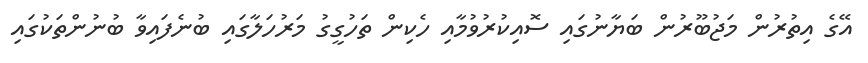
އޭގެ އިތުރުން މަޖުބޫރުން ބަޔާނުގައި ސޮއިކުރުވުމާއި ހެކިން ތަހުގީގު މަރުހަލާގައި ބުނެފައިވާ ބުނުންތަކުގައި